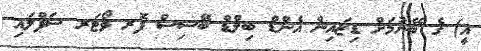
އީ) ގެ ބޭނުމަށް ޑިޒައިން އެންޑް ބިލްޑް ބޭސިސް ފޮރ ވޯޓަރ ސަޕްލައި